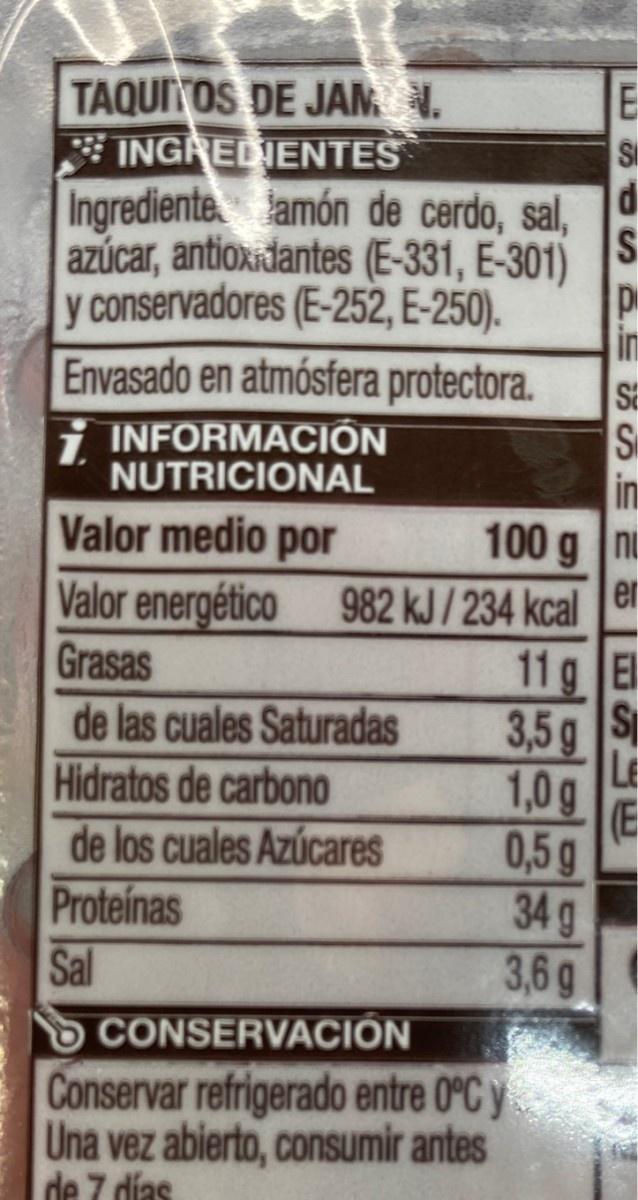
TAQUINOS DE JAM N.
E SI
INGREDIENTES
Ingrediente amón de cerdo, sal, S
azúcar, antioxidantes (E-331, E-301)
y conservadores (E-252, E-250). in Envasado en atmósfera protectora.
i INFORMACIÓN NUTRICIONAL
St S in
Valor medio por
100 g nu
Valor energético 982 kJ / 234 kcal
er
Grasas de las cuales Saturadas
11g El
3,5g S Le 1,0g (E 0,5g
Hidratos de carbono
de los cuales Azúcares Proteinas Sal
34 g 3,6g
SCONSERVACIÓN
Conservar refrigerado entre 0°C y Una vez abierto, consumir antes de 7 días